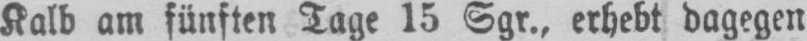
Kalb am fünften Tage 15 Sgr., erhebt dagegen